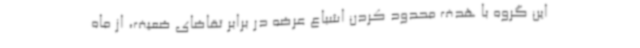
این گروه با هدف محدود کردن اشباع عرضه در برابر تقاضای ضعیف، از ماه